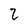
Character: 2